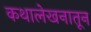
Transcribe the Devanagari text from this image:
कथालेखनातून